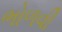
ભોળવી